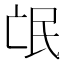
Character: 氓